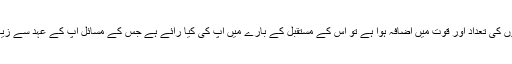
اگر ان سب کی موجودگی میں اسلام سے بے گانہ ہو جانے والوں کی تعداد اور قوت میں اضافہ ہوا ہے تو اس کے مستقبل کے بارے میں آپ کی کیا رائے ہے جس کے مسائل آپ کے عہد سے زیادہ الجھے ہوئے اور رہنما آپ کے معیار سےکم مایہ ہوں گے۔